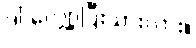
ဒါ လျှော့ပြီးသားလား။